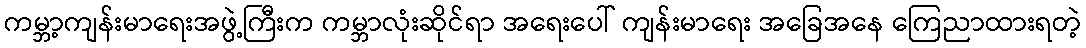
ကမ္ဘာ့ကျန်းမာရေးအဖွဲ့ကြီးက ကမ္ဘာလုံးဆိုင်ရာ အရေးပေါ် ကျန်းမာရေး အခြေအနေ ကြေညာထားရတဲ့